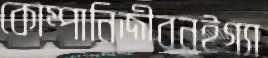
কোম্পানিজীবনইগ্যা